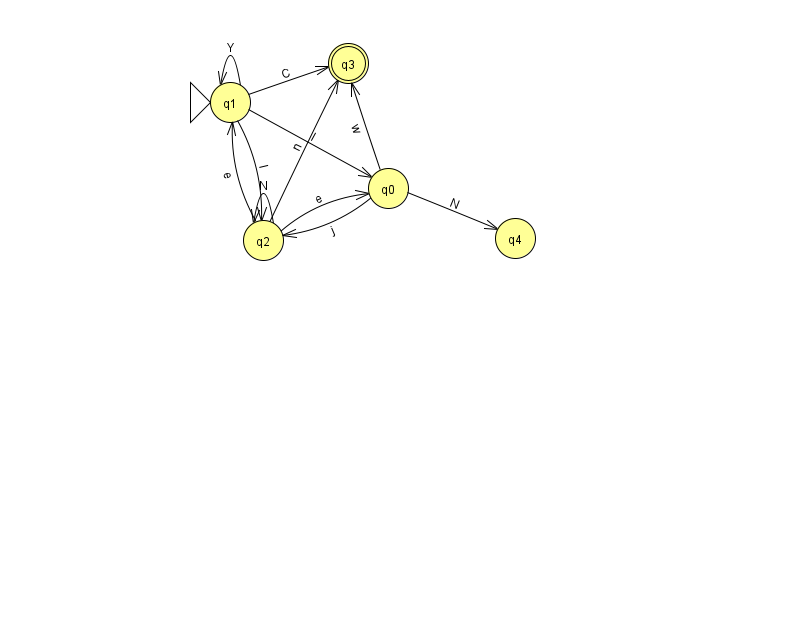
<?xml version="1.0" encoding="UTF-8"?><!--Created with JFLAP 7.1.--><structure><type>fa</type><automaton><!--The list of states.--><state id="0" name="q0"><x>388.0</x><y>175.0</y></state><state id="1" name="q1"><x>230.0</x><y>89.0</y><initial/></state><state id="2" name="q2"><x>263.0</x><y>227.0</y></state><state id="3" name="q3"><x>348.0</x><y>50.0</y><final/></state><state id="4" name="q4"><x>515.0</x><y>225.0</y></state><!--The list of transitions.--><transition><from>1</from><to>2</to><read>I</read></transition><transition><from>1</from><to>0</to><read>I</read></transition><transition><from>0</from><to>3</to><read>w</read></transition><transition><from>2</from><to>0</to><read>e</read></transition><transition><from>0</from><to>2</to><read>j</read></transition><transition><from>1</from><to>1</to><read>Y</read></transition><transition><from>1</from><to>3</to><read>C</read></transition><transition><from>0</from><to>4</to><read>N</read></transition><transition><from>2</from><to>1</to><read>e</read></transition><transition><from>2</from><to>3</to><read>n</read></transition><transition><from>2</from><to>2</to><read>N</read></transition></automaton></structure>